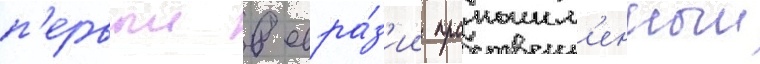
п'ервыи в евра́з'ии промышл'енныи